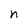
Character: n